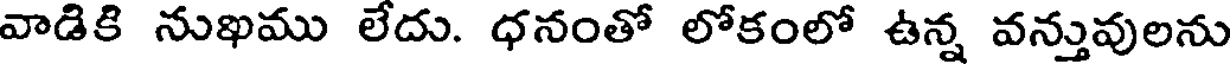
వాడికి నుఖము లేదు. ధనంతో లోకంలో ఉన్న వన్తువులను